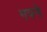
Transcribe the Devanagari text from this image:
गपने